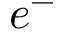
e ^ { - }